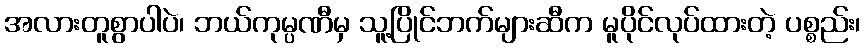
အလားတူစွာပါပဲ၊ ဘယ်ကုမ္ပဏီမှ သူ့ပြိုင်ဘက်များဆီက မူပိုင်လုပ်ထားတဲ့ ပစ္စည်း၊